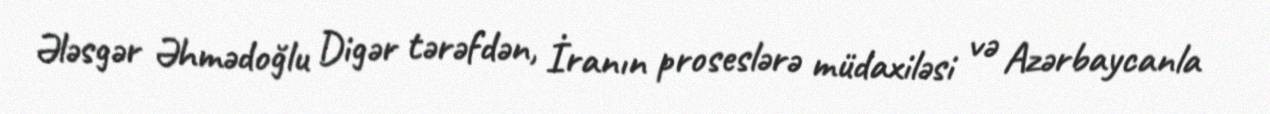
Ələsgər Əhmədoğlu Digər tərəfdən, İranın proseslərə müdaxiləsi və Azərbaycanla